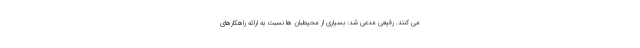
می کنند. رفیعی مدعی شد: بسیاری از محیطبان ها نسبت به ارائه راهکارهای